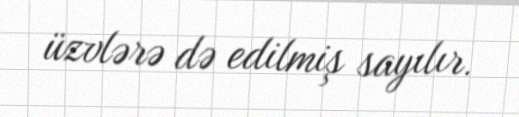
üzvlərə də edilmiş sayılır.